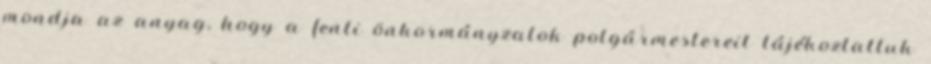
mondja az anyag, hogy a fenti önkormányzatok polgármestereit tájékoztattuk